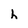
Character: h